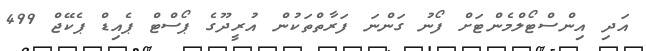
އަދި އިންސްޓޯލްމެންޓަށް ފޯނު ގަންނަ ފަރާތްތަކުން އުރީދޫގެ ޕޯސްޓް ޕެއިޑް ޕެކޭޖް 499